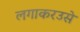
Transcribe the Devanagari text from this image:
लगाकरउसे